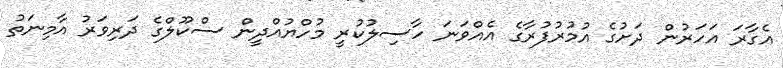
އެގާރަ އަހަރުން ދަށުގެ އުމުރުފުރާގެ އެއްވަނަ ހާސިލުކުރީ މުހްޔުއްދީން ސްކޫލްގެ ދަރިވަރު އާމިނަތު